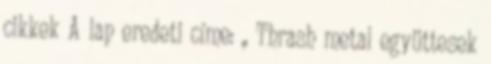
cikkek A lap eredeti címe: „ Thrash metal együttesek